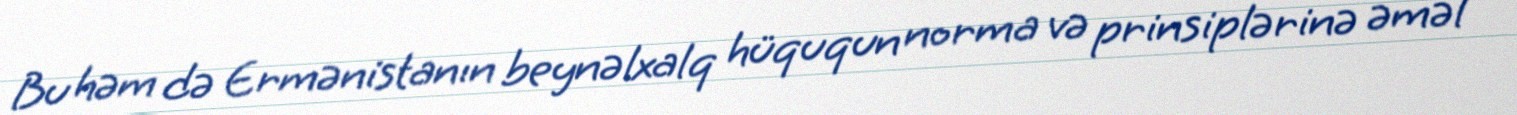
Bu həm də Ermənistanın beynəlxalq hüququn norma və prinsiplərinə əməl